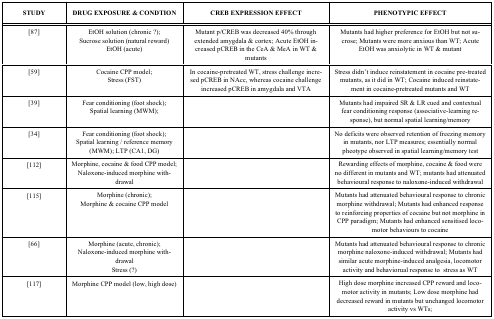
<table><thead><tr><td><b>STUDY</b></td><td><b>DRUG EXPOSURE &amp; CONDTION</b></td><td><b>CREB EXPRESSION EFFECT</b></td><td><b>PHENOTYPIC EFFECT</b></td></tr></thead><tbody><tr><td>[87]</td><td>EtOH solution (chronic ?); Sucrose solution (natural reward)EtOH (acute)</td><td>Mutant p/CREB was decreased 40% through extended amygdala &amp; cortex; Acute EtOH increased pCREB in the CeA &amp; MeA in WT &amp; mutants</td><td>Mutants had higher preference for EtOH but not sucrose; Mutants were more anxious than WT; Acute EtOH was anxiolytic in WT &amp; mutant</td></tr><tr><td>[59]</td><td>Cocaine CPP model; Stress (FST)</td><td>In cocaine-pretreated WT, stress challenge increased pCREB in NAcc, whereas cocaine challenge increased pCREB in amygdala and VTA</td><td>Stress didn’t induce reinstatement in cocaine pre-treated mutants, as it did in WT; Cocaine induced reinstatement in cocaine-pretreated mutants and WT</td></tr><tr><td>[39]</td><td>Fear conditioning (foot shock); Spatial learning (MWM);</td><td></td><td>Mutants had impaired SR &amp; LR cued and contextualfear conditioning response (associative-learning response),but normal spatial learning/memory</td></tr><tr><td>[34]</td><td>Fear conditioning (foot shock); Spatial learning / reference memory (MWM); LTP (CA1, DG)</td><td></td><td>No deficits were observed retention of freezing memory in mutants, nor LTP measures; essentially normal pheotype observed in spatial learning/memory test</td></tr><tr><td>[112]</td><td>Morphine, cocaine &amp; food CPP model; Naloxone-induced morphine withdrawal</td><td></td><td>Rewarding effects of morphine, cocaine &amp; food were no different in mutants and WT; mutants had attenuated behavioural response to naloxone-induced withdrawal</td></tr><tr><td>[115]</td><td>Morphine (chronic); Morphine &amp; cocaine CPP model</td><td></td><td>Mutants had attenuated behavioural response to chronic morphine withdrawal; Mutants had enhanced response to reinforcing properties of cocaine but not morphine in CPP paradigm; Mutants had enhanced sensitised locomotor behaviours to cocaine</td></tr><tr><td>[66]</td><td>Morphine (acute, chronic); Naloxone-induced morphine withdrawal Stress (?)</td><td></td><td>Mutants had attenuated behavioural response to chronic morphine naloxone-induced withdrawal; Mutants had similar acute morphine-induced analgesia, locomotor activity and behaviorual response to stress as WT</td></tr><tr><td>[117]</td><td>Morphine CPP model (low, high dose)</td><td></td><td>High dose morphine increased CPP reward and locomotor activity in mutants; Low dose morphine had decreased reward in mutants but unchanged locomotor activity vs WTs; </td></tr></tbody></table>